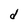
Character: d